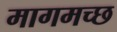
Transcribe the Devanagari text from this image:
मागमच्छ